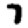
Digit: 7